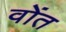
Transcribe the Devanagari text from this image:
वोंत